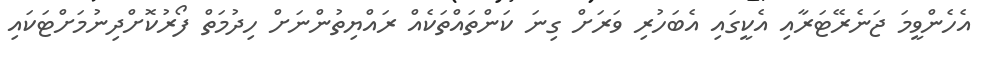
އެހެންވީމަ ޖަނެރޭޓަރާއި އެކީގައި އެބަހުރި ވަރަށް ގިނަ ކަންތައްތަކެއް ރައްޔިތުންނަށް ހިދުމަތް ފޯރުކޮށްދިނުމަށްޓަކައި